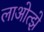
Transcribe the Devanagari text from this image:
लाओत्झे